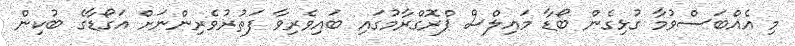
މި އެއްބަސްވުމާ ގުޅިގެން ބޯޑާ މައިލްސް ޕްރޮގްރާމުގައި ބައިވެރިވާ ފަތުރުވެރިންނަށް އަގޯޑާގެ ބުކިން